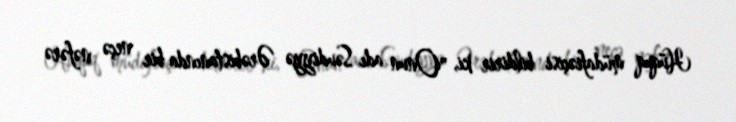
Hüquq müdafiəçisi bildirir ki, "Onun adı Səudiyyə Ərəbistanında bir neçə nəfərə